Indian Medical Review
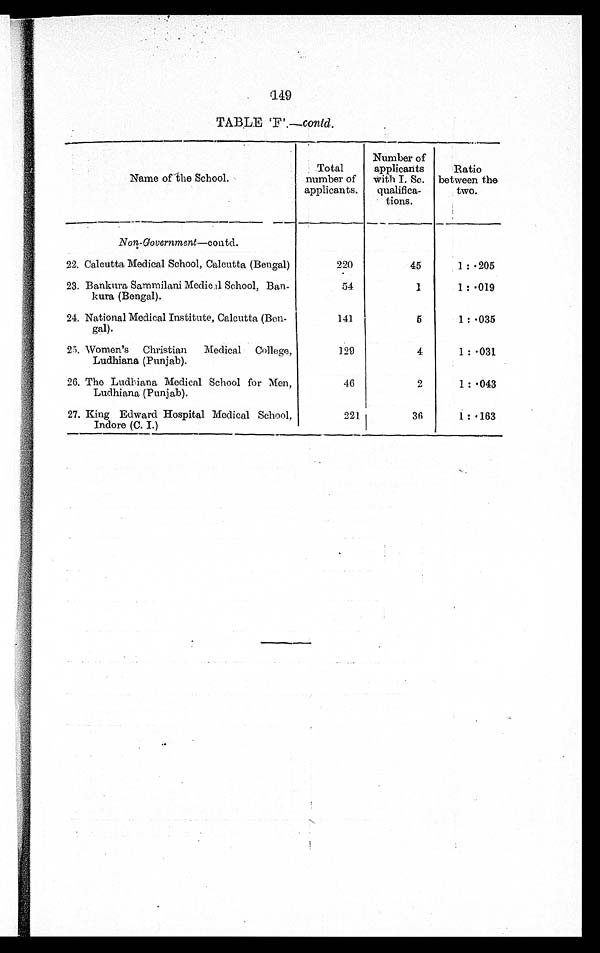
a49
TABLE 'F'.—contd.
Name of the School.
Total
number of
applicants.
Number of
applicants
with I. Sc.
qualifica-
tions.
-Ratio
between the
two.
Non-Government—contd.
22. Calcutta Medical School, Calcutta (Bengal)
220
45
1: • 205
23. Bankura Sammilani Medical School, Ban-
kura (Bengal).
54
1
1 : .019
24. National Medical Institute, Calcutta (Ben-
gal).
141
5
1 : .035
25. Women's Christian
Medical College,
Ludhiana (Punjab).
129
4
1 : . 031
26. The Ludhiana Medical School for Men,
Ludhiana (Punjab).
46
2
1 : . 043
27. King Edward Hospital Medical School,
Indore (C. I.)
221
36
1:.163